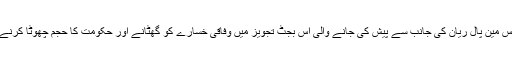
وسکانسن کے کانگریس مین پال ریان کی جانب سے پیش کی جانے والی اس بجٹ تجویز میں وفاقی خسارے کو گھٹانے اور حکومت کا حجم چھوٹا کرنے کے لیے کہا گیا ہے۔